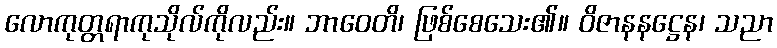
လောကုတ္တရာကုသိုလ်ကိုလည်း။ ဘာဝေတိ၊ ဖြစ်စေသေး၏။ ဝိဇာနနဋ္ဌေန၊ သညာ